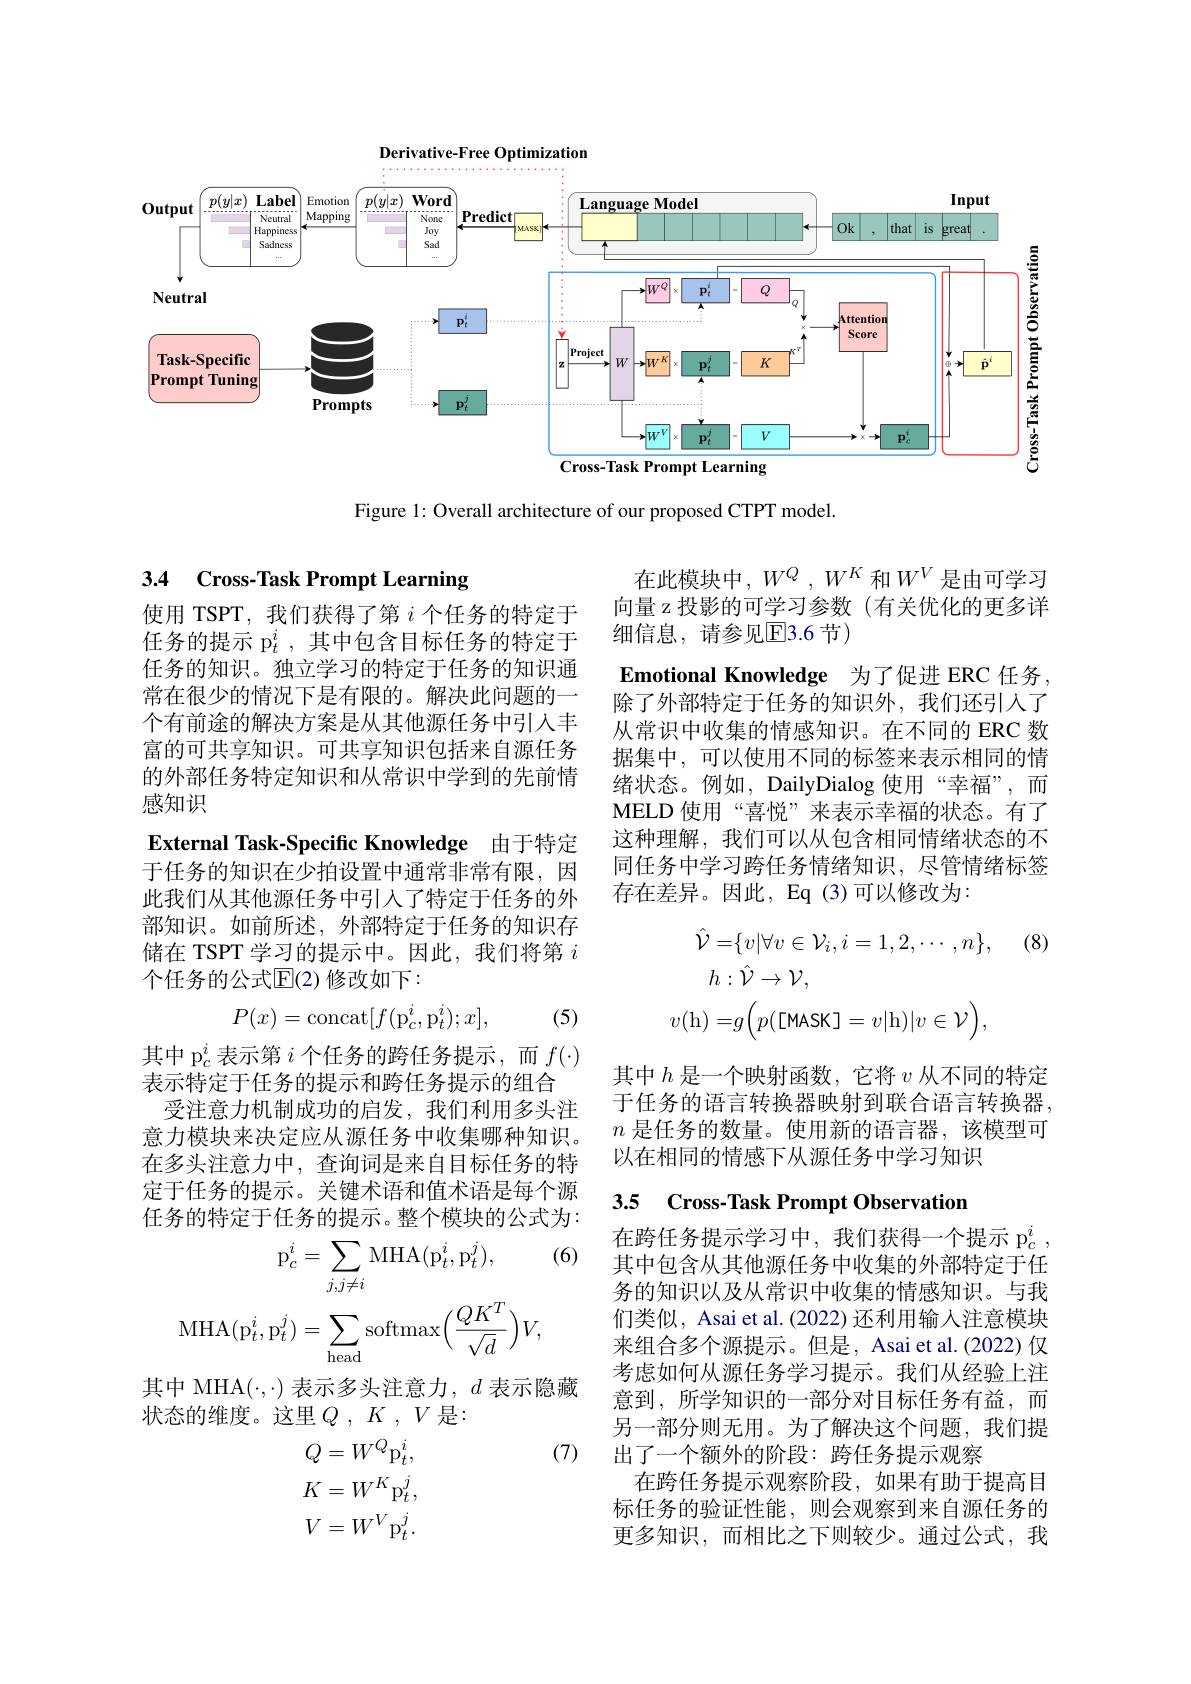
<FigureHere>

Figure 1: Overall architecture of our proposed CTPT model.

# 3.4 Cross-Task Prompt Learning

使用 TSPT, 我们获得了第$i$个任务的特定于任务的提示 p$_t^i$,其中包含目标任务的特定于任务的知识。独立学习的特定于任务的知识通常在很少的情况下是有限的。解决此问题的一个有前途的解决方案是从其他源任务中引入丰富的可共享知识。可共享知识包括来自源任务的外部任务特定知识和从常识中学到的先前情感知识

在此模块中，$W^Q,W^K$ 和$W^V$ 是由可学习向量 z 投影的可学习参数(有关优化的更多详细信息，请参见E3.6 节)
$\textbf{Emotional Knowledge 为 了 促 进 ERC 任 务 }$, 除了外部特定于任务的知识外，我们还引入了从常识中收集的情感知识。在不同的 ERC 数据集中，可以使用不同的标签来表示相同的情绪状态。例如，DailyDialog 使用“幸福”,而MELD 使用“喜悦”来表示幸福的状态。有了这种理解，我们可以从包含相同情绪状态的不同任务中学习跨任务情绪知识，尽管情绪标签存在差异。因此，Eq(3)可以修改为：

External Task-Specific Knowledge 由于特定

于任务的知识在少拍设置中通常非常有限，因此我们从其他源任务中引入了特定于任务的外部知识。如前所述，外部特定于任务的知识存储在 TSPT 学习的提示中。因此，我们将第$i$ 个任务的公式$\mathbb{E}(2)$修改如下：

(8)
$$\hat{\mathcal{V}}=\{v|\forall v\in\mathcal{V}_{i},i=1,2,\cdots,n\},\\h:\hat{\mathcal{V}}\to\mathcal{V},\\v(\mathrm{h})=g\Big(p([\mathsf{MASK}]=v|\mathsf{h})|v\in\mathcal{V}\Big),$$
$$P(x)=\mathrm{concat}[f(\mathrm{p}_c^i,\mathrm{p}_t^i);x],$$
(5)

其中$h$是一个映射函数，它将$v$从不同的特定于任务的语言转换器映射到联合语言转换器$n$是任务的数量。使用新的语言器，该模型可以在相同的情感下从源任务中学习知识

其中 p$_c^i$表示第$i$个任务的跨任务提示，而$f(\cdot)$
表示特定于任务的提示和跨任务提示的组合
受注意力机制成功的启发，我们利用多头注意力模块来决定应从源任务中收集哪种知识。在多头注意力中，查询词是来自目标任务的特定于任务的提示。关键术语和值术语是每个源任务的特定于任务的提示。整个模块的公式为：

### 3.5 Cross-Task Prompt Observation

(6)
$$\begin{aligned}\text{刀的付心了 }&\text{正方的}\\\mathrm{p}_{c}^{i}&=\sum_{j,j\neq i}\mathrm{MHA}(\mathrm{p}_{t}^{i},\mathrm{p}_{t}^{j}),\\\mathrm{MHA}(\mathrm{p}_{t}^{i},\mathrm{p}_{t}^{j})&=\sum_{\mathrm{head}}\mathrm{softmax}\Big(\frac{QK^{T}}{\sqrt{d}}\Big)V,\end{aligned}$$
在跨任务提示学习中，我们获得一个提示 p$_c^i$ 其中包含从其他源任务中收集的外部特定于任务的知识以及从常识中收集的情感知识。与我们类似，Asai et al.(2022) 还利用输人注意模块来组合多个源提示。但是，Asai et al.(2022) 仅考虑如何从源任务学习提示。我们从经验上注意到，所学知识的一部分对目标任务有益，而另一部分则无用。为了解决这个问题，我们提出了一个额外的阶段：跨任务提示观察
在跨任务提示观察阶段，如果有助于提高目标任务的验证性能，则会观察到来自源任务的更多知识，而相比之下则较少。通过公式，我

其中 MHA($\cdot,\cdot)$ 表示多头注意力$,d$ 表示隐藏
状态的维度。这里$Q,K,V$是：

(7)
$$Q=W^{Q}\mathrm{p}_{t}^{i},\\K=W^{K}\mathrm{p}_{t}^{j},\\V=W^{V}\mathrm{p}_{t}^{j}.$$